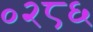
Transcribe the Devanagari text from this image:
०२८६